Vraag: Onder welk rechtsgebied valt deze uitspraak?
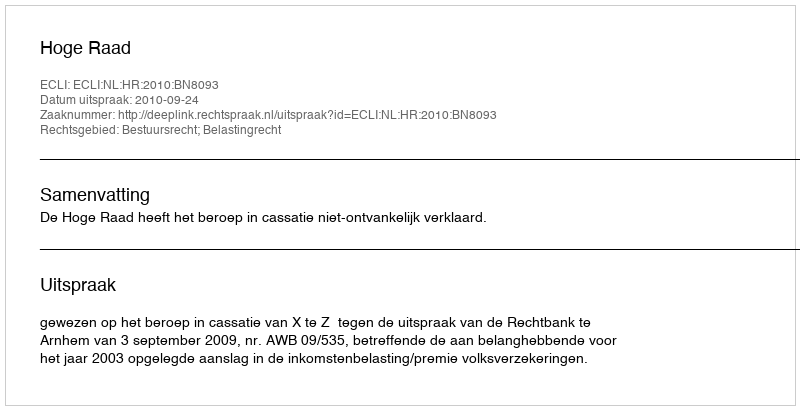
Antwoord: Bestuursrecht; Belastingrecht